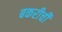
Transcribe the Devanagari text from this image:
बकरीची